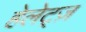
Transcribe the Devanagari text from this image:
हेलेट्ज़